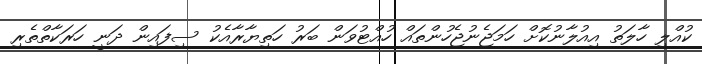
ކުއްލި ހާލަތު އިއުލާނުކޮށް ހަމަޖެނުޖެހުންތައް ހުއްޓުވަން ބަރު ހަތިޔާރާއެކު ސިފައިން ދަނީ ހަރަކާތްތެރި